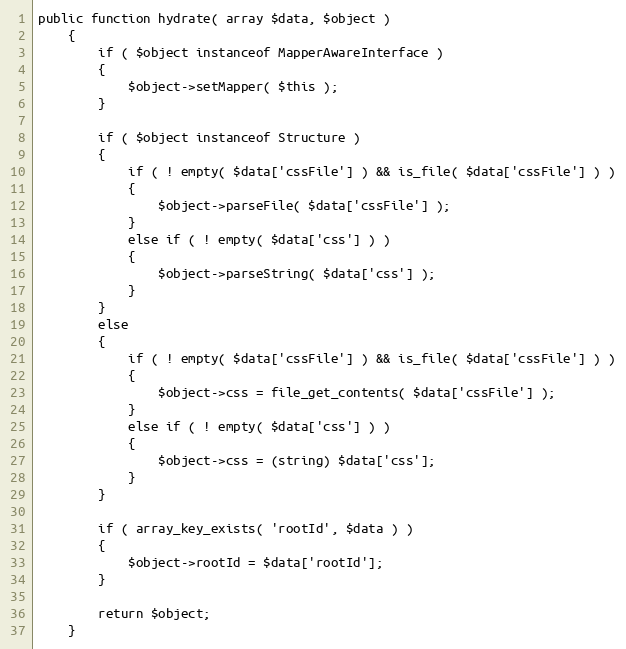
Language: PHP
public function hydrate( array $data, $object )
    {
        if ( $object instanceof MapperAwareInterface )
        {
            $object->setMapper( $this );
        }

        if ( $object instanceof Structure )
        {
            if ( ! empty( $data['cssFile'] ) && is_file( $data['cssFile'] ) )
            {
                $object->parseFile( $data['cssFile'] );
            }
            else if ( ! empty( $data['css'] ) )
            {
                $object->parseString( $data['css'] );
            }
        }
        else
        {
            if ( ! empty( $data['cssFile'] ) && is_file( $data['cssFile'] ) )
            {
                $object->css = file_get_contents( $data['cssFile'] );
            }
            else if ( ! empty( $data['css'] ) )
            {
                $object->css = (string) $data['css'];
            }
        }

        if ( array_key_exists( 'rootId', $data ) )
        {
            $object->rootId = $data['rootId'];
        }

        return $object;
    }